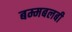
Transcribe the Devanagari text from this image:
बम्मबलबी